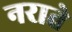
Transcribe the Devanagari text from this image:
नराते